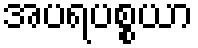
အပရပစ္စယာ